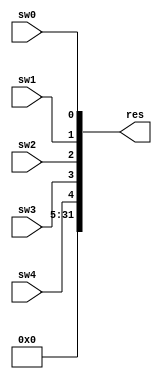
module in_port(sw0, sw1, sw2, sw3, sw4, res);
	input sw0, sw1, sw2, sw3, sw4;
	output [31: 0] res;
	assign res = {27'b0, sw4, sw3, sw2, sw1, sw0};
endmodule